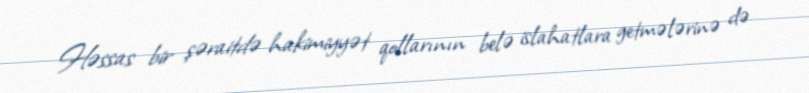
Həssas bir şəraitdə hakimiyyət qollarının belə islahatlara getmələrinə də